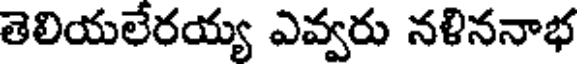
తెలియలేరయ్య ఎవ్వరు నళిననాభ